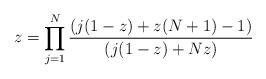
LaTeX: \begin{align*}z=\prod_{j=1}^{N}{\frac{(j(1-z)+z(N+1)-1)}{(j(1-z)+Nz)}} \end{align*}